Report on lock hospitals in British Burma
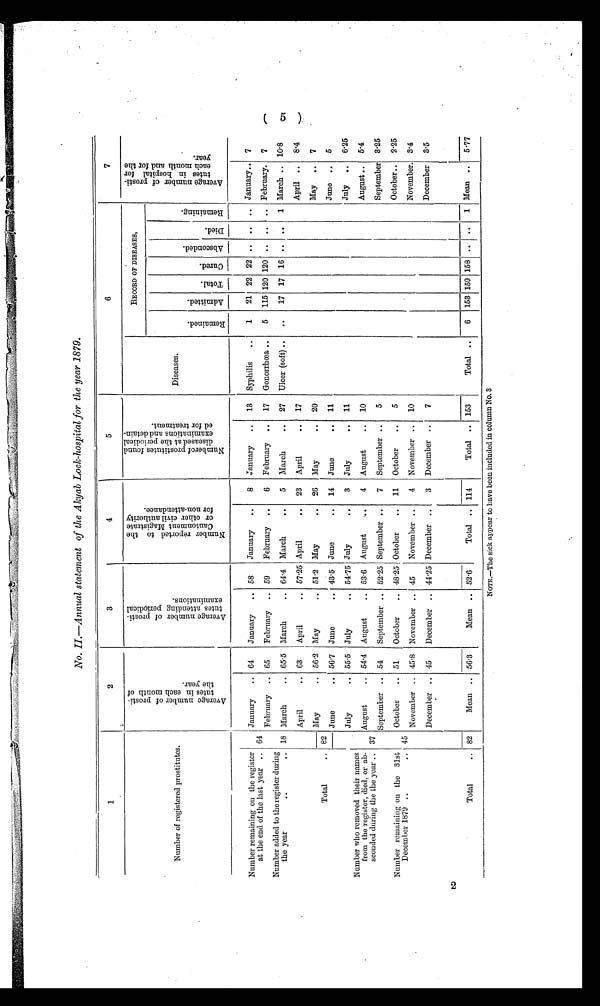
No. II.—Annual statement of the Akyab Lock-hospital for the year 1879.
1
2
3
4
5
6
7
Number of registered prostitutes.
A v e r a g e n u m b e r o f p r o s t i - t u t e s i n e a c h m o n t h o f t h e y e a r .
A v e r a g e n u m b e r o f p r o s t i - t u t e s a t t e n d i n g p e r i o d i c a l e x a m i n a t i o n .
N u m b e r r e p o r t e d t o t h e C a n t o n m e n t M a g i s t r a t e o r o t h e r c i v i l a u t h o r i t y f o r n o n - a t t e n d a n c e .
N u m b e r o f p r o a t i t u t e s f o n d d i s e a s e d a t t h e p e r i o d i c a l e x a m i n a t i o n s a n d d e t a i n - e d f o r t r e a t m e n t .
.
Diseases.
RECORD OF DISEASES,
A v e r a g e n o m b e r o f p r o s t i - t u t e s i n h o s p i t a l f o r e a c h m o n t h f o r , t h e y e a r .
R e m a i n e d .
Admitted.
T o t a l .
c u r e d .
A b s c o n d e d .
D i e d .
R e m a i n g .
Number remaining on the register
at the end of the last year .. 64
January
.. 64
January
.. 58
January
..
8
January
..
13
Syphilis
..
1
21 22 22 .. ..
.. January.. 7
February .. 65
February .. 59
February ..
6
February ..
17
Gonorrhœa ..
5
115 120 120 .. ..
.. February.
7
Number added to the register during
the year
. .
, . 18 March
.. 65 . 5 March
.. 64.4 March
..
5
March
..
27
Ulcer (soft) ..
..
17 17 16 ..
1 March .. 10.8
April
.. 63
April
.. 57.25 April
..
23
April
..
17
April ..
8.4
Total
.. 82
-
May
. . 56 .2 May
.. 51 .2 May
. .
26
May
. . 20
May
..
7
June
.. 56 .7 June
.. 43 .5 June
..
14
June
. . 11
June
5
Number who removed their names
from the register, died, or ab-
sconded during the the year .. 37
July
.. 55.5 July
.. 54. 75 July
..
3
July
. .
11
July
..
6.25
August
.. 54.4 August
.. 53 . 6 August
...
4 August
..
10
August ..
5.4
September .. 54
September .. 52.25 September ..
7
September ..
5
September 3.25
Number remaining on the 31st
December 1879 ..
, . 45
October
.. 51
October
.. 48.25 October
..
11
October
..
5
October..
2.25
November .. 45 .8 November .. 45
November ..
4
November ..
10
November. 3.4
December .. 45
December .. 44.25 December ..
3
December ..
7
December
3.5
Total
.. 82
Mean .. 56. 3
Mean .. 52. 6
Total .. 114
Total .. 153
Total ..
6
153 159.158 .. ..
1 Mean ..
5.77
(5)
Nom.-The sick appear to have been included in column No. 3